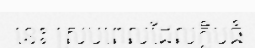
នេះ ស្របពេលដែលក្លិបធំ